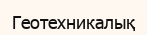
Геотехникалық